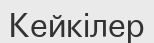
Кейкілер